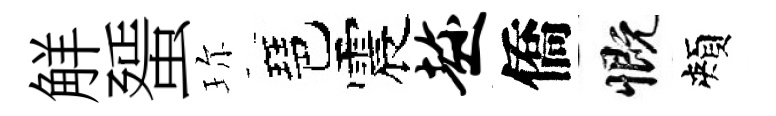
觧蜑珎琶震趁僑慨頰